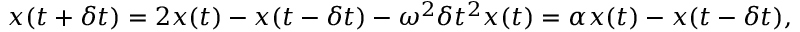
x ( t + \delta t ) = 2 x ( t ) - x ( t - \delta t ) - \omega ^ { 2 } \delta t ^ { 2 } x ( t ) = \alpha x ( t ) - x ( t - \delta t ) ,